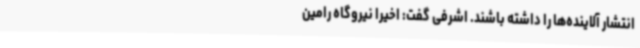
انتشار آلاینده‌ها را داشته باشند. اشرفی گفت: اخیراً نیروگاه رامین